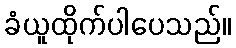
ခံယူထိုက်ပါပေသည်။